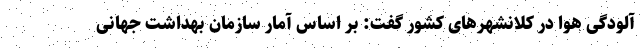
آلودگی هوا در کلانشهرهای کشور گفت: بر اساس آمار سازمان بهداشت جهانی